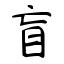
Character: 盲